Madras plague regulations in force outside the Presidency town - Volume 2
Disease focus: Plague
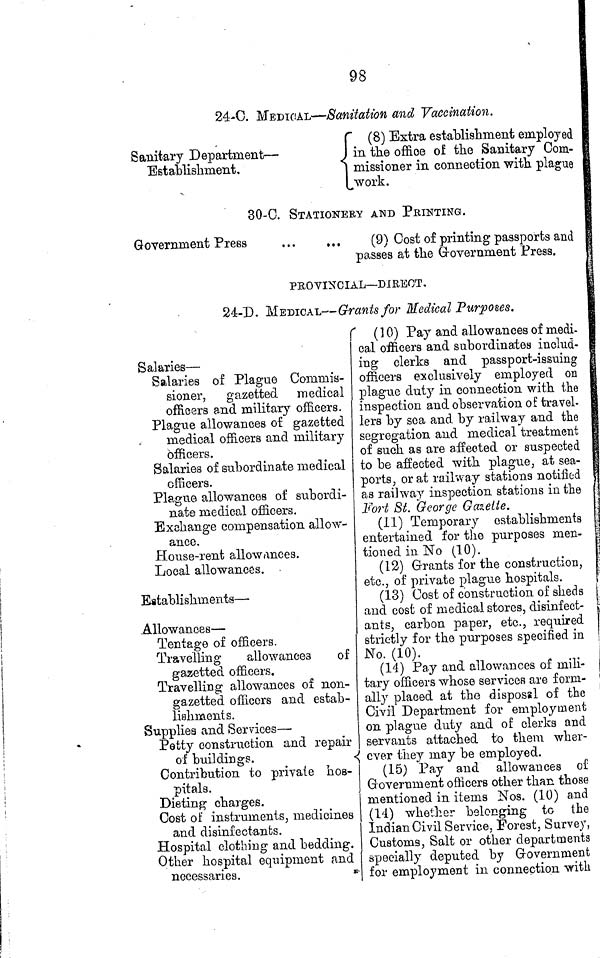
98
24-C. MEDICAL—Sanitation and Vaccination.
Sanitary Department —
Establishment,
(8) Extra establishment employed
in the office of the Sanitary Com-
missioner in connection with plague
work.
30-0. STATIONERY AND PRINTING.
Government Press
...
...
(9) Cost of printing passports and
passes at the Government Press.
PROVINCIAL—DIRECT.
24-D. MEDICAL—Grants for Medical Purposes.
Salaries —
Salaries of Plague Commis-
sioner, gazetted medical
officers and military officers.
Plague allowances oí gazetted
medical officers and military
officers.
Salaries of subordinate medical
officers.
Plague allowances of subordi-
nate medical officers.
Exchange compensation allow-
ance.
House-rent allowances.
Local allowances.
Establishments —
Allowances—
Tentage of officers.
Travelling
allowances of
gazetted officers.
Travelling allowances of non-
gazetted officers and estab-
lishments.
Supplies and Services —
Petty construction and repair
of buildings.
Contribution to private hos-
pitals.
Dieting charges.
Cost of instruments, medicines
and disinfectants.
Hospital clothing and bedding.
Other hospital equipment and
necessaries.
( 10) Pay and allowances of medi-
cal officers and subordinates includ-
ing clerks and passport-issuing
officers exclusively employed on
plague duty in connection with the
inspection and observation of travel-
lers by sea and by railway and the
segregation and medical treatment
of such as are affected or suspected
to be affected with plague, at sea-
ports, or at railway stations notified
as railway inspection stations in the
Fort St. George Gazette.
(11) Temporary establishments
entertained for the purposes men-
tioned in No (10).
(12) Grants for the construction,
etc., of private plague hospitals.
(13) Cost of construction of sheds
and cost of medical stores, disinfect-
ants, carbon paper, etc., required
strictly for the purposes specified in
No. (10).
(14) Pay and allowances of mili-
tary officers whose services are form-
ally placed at the disposal of the
Civil Department for employment
on plague duty and of clerks and
servants attached to them wher-
ever they may be employed.
(15) Pay and allowances of
Government officers other than those
mentioned in items Nos. (10) and
(14) whether belonging to the
Indian Civil Service, Forest, Survey,
Customs, Salt or other departments
specially deputed by Government
for employment in connection with